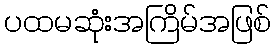
ပထမဆုံးအကြိမ်အဖြစ်